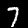
Label: 7